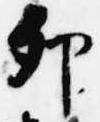
卯